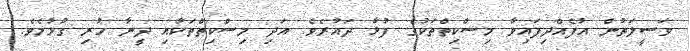
ވަސީލަތުން އުފެއްދިފައިވާ މިސްކިތްތަކުގެ ފުޅާ ދައުރެވެ. އަދި މިސްކިތްތަކާއި ދީނާ ހުރި ގުޅުމެވެ.